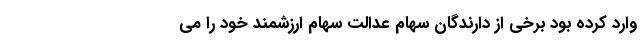
وارد کرده بود برخی از دارندگان سهام عدالت سهام ارزشمند خود را می‌